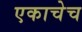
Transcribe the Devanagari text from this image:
एकाचेच